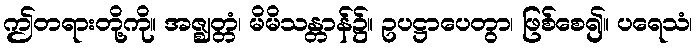
ဤတရားတို့ကို။ အဇ္ဈတ္တံ၊ မိမိသန္တာန်၌။ ဥပဋ္ဌာပေတွာ၊ ဖြစ်စေ၍။ ပရေသံ၊